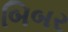
બિબર